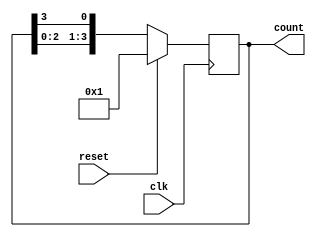
module ring_counter #(parameter N = 4) (
    input wire clk,           // Clock input
    input wire reset,         // Synchronous reset input
    output reg [N-1:0] count  // Output representing the current state
);

// Initial state
initial begin
    count = 1; // Start with only the first flip-flop set to '1'
end

// Sequential logic for the ring counter
always @(posedge clk) begin
    if (reset) begin
        count <= 1; // Reset to initial state (0001 for N=4)
    end else begin
        // Shift the '1' to the left (circularly)
        count <= {count[N-2:0], count[N-1]};
    end
end

endmodule